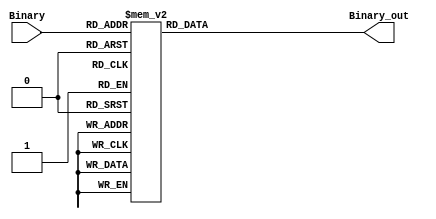
module Add_3(Binary, Binary_out);
input       [3:0] Binary;
output reg  [3:0] Binary_out;

always @(*) begin
case(Binary)
  4'd0 : Binary_out = 4'd0;
  4'd1 : Binary_out = 4'd1;
  4'd2 : Binary_out = 4'd2;
  4'd3 : Binary_out = 4'd3;
  4'd4 : Binary_out = 4'd4;
  4'd5 : Binary_out = 4'd8;
  4'd6 : Binary_out = 4'd9;
  4'd7 : Binary_out = 4'd10;
  4'd8 : Binary_out = 4'd11;
  4'd9 : Binary_out = 4'd12;
  default : Binary_out = 4'bxxxx;
endcase
end
endmodule

module Binary_to_BCD(Binary, BCD);
input   [3:0] Binary;
output  [9:0] BCD;
wire    [11:0] t;
    assign BCD[0] = Binary[0];
    Add_3 C1( {1'b0, 1'b0, 1'b0, Binary[3]}, t[3:0]);
    Add_3 C2( {t[2], t[1], t[0], Binary[2]}, t[7:4]);
    Add_3 C3( {1'b0, 1'b0, 1'b0, t[3]}, t[11:8]);
    Add_3 C4( {t[6], t[5], t[4], Binary[1]}, BCD[4:1]);
    Add_3 C5( {t[10], t[9], t[8], t[7]} , BCD[8:5]);   
    assign BCD[9] = t[11];
endmodule